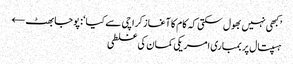
’کبھی نہیں بھول سکتی کہ کام کا آغاز کراچی سے کیا‘: پوجا بھٹ ←
ہسپتال پر بمباری امریکی کمان کی غلطی